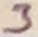
Text: 3